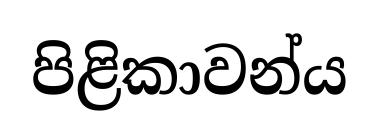
පිළිකාවන්ය